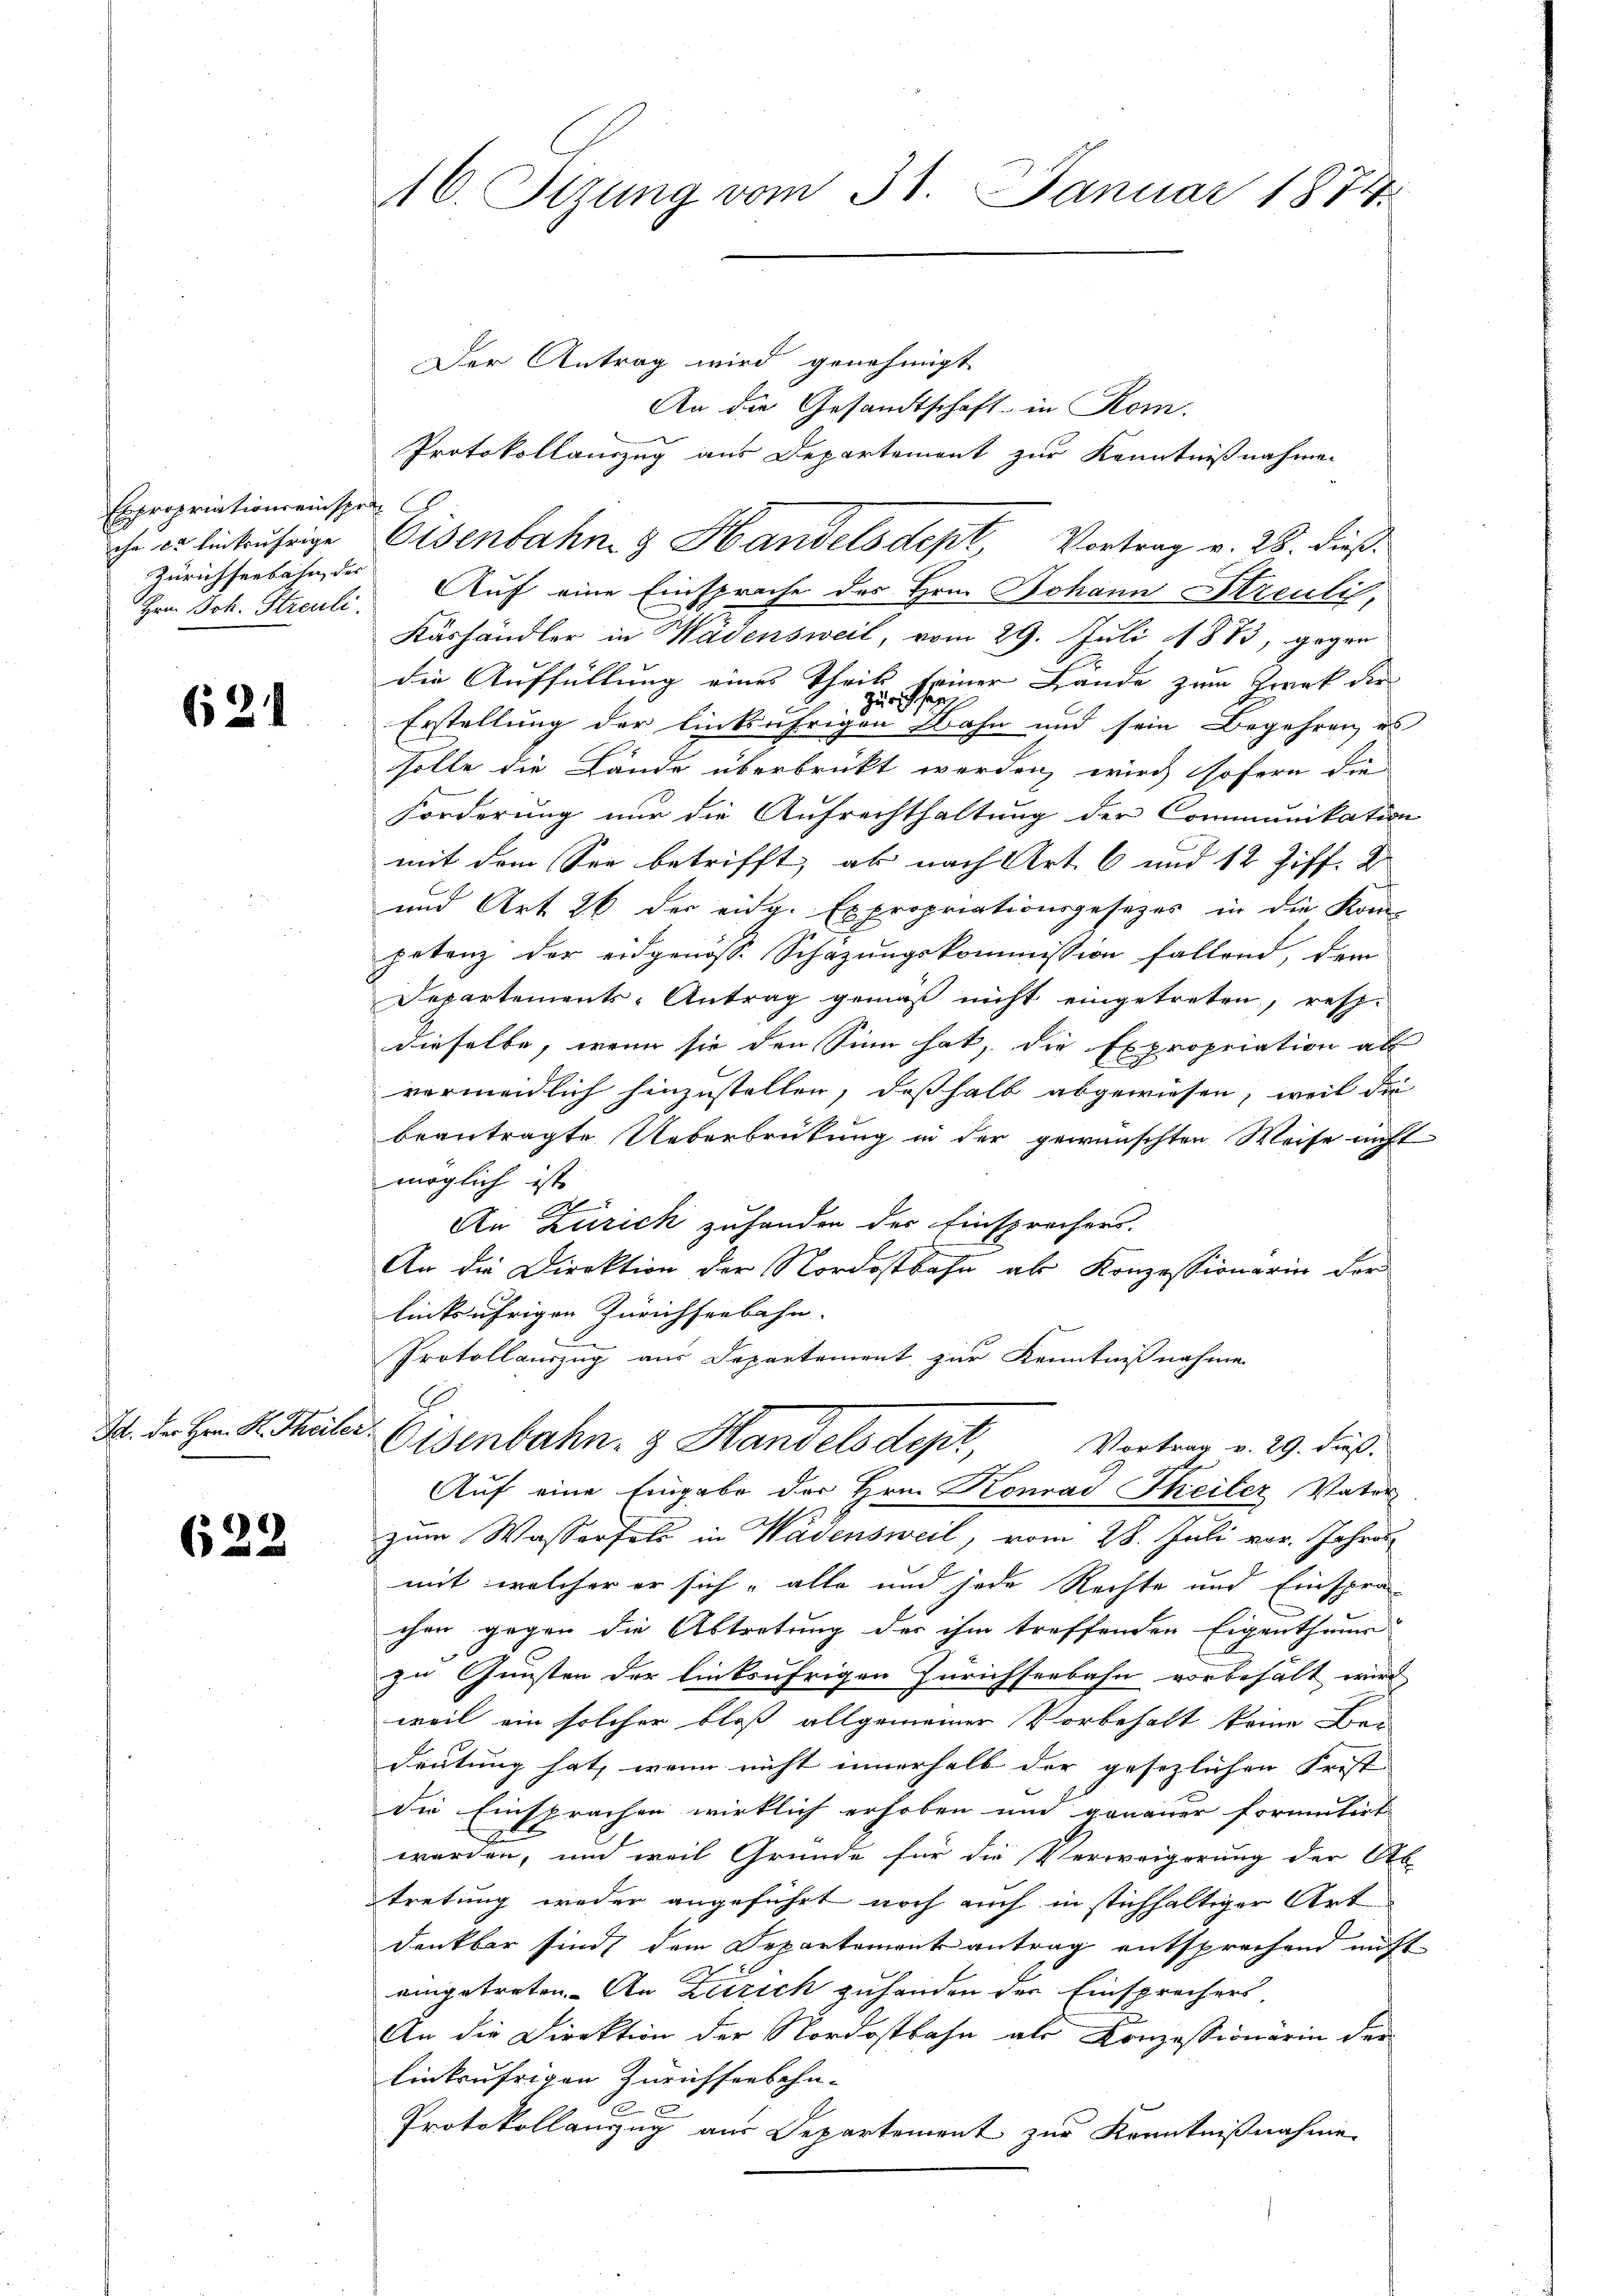
Expropriationseinsprac
che er einkufrige
Zürichseebahn der
Hrn Joh. Streuli

624

I. der Hrn. K. Theiler

622

16. Sizung vom 31. Januar 1874.

Der Antrag wird genehmigt
An die Gesandtschaft in Rom.
Protokollauszug aus Departement zur Kenntnißnahmen
Auf eine Einsprache des Hrn. Johann Streulis,
Käshändler in Wädensweil, vom 29. Juli 1883, gegen
die Auffüllung eines Theil seiner Lände zum Zweck der
4
Zürich
Erstellung der linksufrigen Bahn und sein Begehren es
solle die Lände überbrückt werden, wird sofern die
Forderung nur die Aufrechthaltung der Communikation
mit dem See betrifft, ab nach Art. 6 und 12 Ziff. D
und Art. 26 der eidg. Expropriationsgesezes in die Kom-
petenz der eidgenoss. Schazungskommission fallend, dem
Departements-Antrag gemäß nicht eingetreten, resp.
dieselbe, wenn sie den Sinn hat, die Expropriation al
vermeidlich hinzustellen, deßhalb abgewiesen, weil die
beantragte Ueberbrütung in der gewünschten Weise nicht
möglich ist
J
An Zürich zufanden der Einsprechers.
An die Direktion der Nordostbahn als Konzessionarin der
linksufrigen Zürichseebahn- |
Protollauszug aus Departement zur Kenntnißnahme
Eisenbahn. & Handelsdept, Vortrag v. 29. dus.

Eisenbahn- & Handelsdept, Vortrag v. 28. dieß¬

zum Wasserfeld in Wädensweil, vom 28. Juli vor. Jahres
mit welcher er sich alle und jede Rechte und Einsprachen gegen die Abtretung der ihm treffenden Eigenthum
zu Gunsten der linksufrigen Zürichseebahn vorbehält wird
weil ein solcher bloß allgemeiner Vorbehalt keine Bei
deutung hat, wenn nicht innerhalb der gesezlichen Frist |
die Einsprachen wirklich erhoben und genauer formitirt
werden, und weil Gründe für die Verweigerung der Ob
tretung weder angeführt noch auch in stichhaltiger Art
denkbar sind, dem Departement antrag entsprechend nicht
eingetreten. An Zürich zuhanden der Einsprechers,
An die Direktion der Nordostbahn als Konzessionärin der
linkufrigen Zürichsenbahn- |
 x
Protokollauszug aus Departement zur Kenntnißnahme

Auf eine Eingabe der Hrn. Konrad Theiler Vater